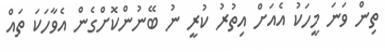
ތިން ވަނަ މީހަކު އެއަށް އިތުރު ކުރީ ނު ބޭނުންކޮށްގެން އެވާހަކަ ތައް